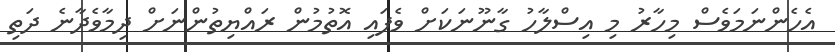
އެހެންނަމަވެސް މިހާރު މި އިސްލާހު ގާނޫނަކަށް ވެފައި އޮތުމުން ރައްޔިތުންނަށް ދިމާވެދާނެ ދަތި